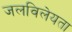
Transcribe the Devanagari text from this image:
जलविलेयता